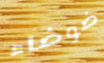
ضوضاء